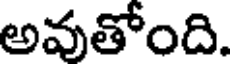
అవుతోంది.